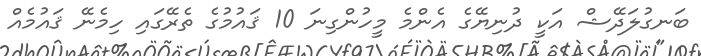
ބަނގުލަދޭޝް އަކީ ދުނިޔޭގެ އެންމެ މީހުންގިނަ 10 ޤައުމުގެ ތެރޭގައި ހިމެނޭ ޤައުމެއް